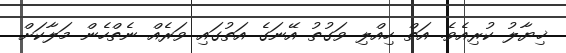
ޚިޔާލު ކުރިއެވެ. އަތް ހިއްލި ވަގުތު އޭނަގެ އަތުގައި ވަރެއް ނެތްހެން މަލާކަށް